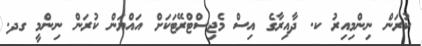
ކުރަން ނިންމިއިރު ކ. ދާއިރާގެ އިސް މެޖިސްޓްރޭޓަކަށް އައްޔަން ކުރަން ނިންމީ ގދ.